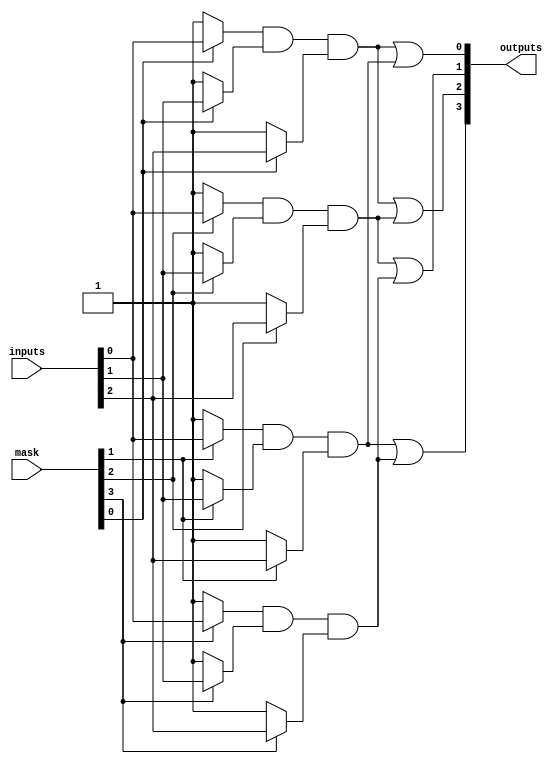
module MaskedPAL (
    input wire [N-1:0] inputs,      // N input signals
    input wire [M-1:0] mask,        // M mask signals for AND gates
    output wire [P-1:0] outputs      // P output signals
);

// Parameters
parameter N = 8; // Number of inputs
parameter M = 8; // Number of masks (should be <= N)
parameter P = 4; // Number of outputs
parameter K = 4; // Number of product terms (AND gates)

// Internal signals
wire [K-1:0] and_out; // Outputs from AND gates

// Programmable AND Array
genvar i;
generate
    for (i = 0; i < K; i = i + 1) begin : and_array
        // Each AND gate can be programmed with a mask
        assign and_out[i] = (mask[i] ? inputs[0] : 1'b1) & // Example: Masking for input[0]
                            (mask[i] ? inputs[1] : 1'b1) & // Example: Masking for input[1]
                            (mask[i] ? inputs[2] : 1'b1);  // Example: Masking for input[2]
        // Add more inputs as needed based on your design
    end
endgenerate

// Fixed OR Array
assign outputs[0] = and_out[0] | and_out[1]; // Example OR logic for output 0
assign outputs[1] = and_out[2] | and_out[3]; // Example OR logic for output 1
assign outputs[2] = and_out[0] | and_out[2]; // Example OR logic for output 2
assign outputs[3] = and_out[1] | and_out[3]; // Example OR logic for output 3

endmodule